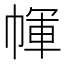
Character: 㡓